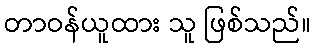
တာဝန်ယူထား သူ ဖြစ်သည်။